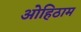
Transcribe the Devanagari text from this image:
ओहिठाम